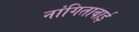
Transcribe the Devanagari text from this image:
नांगिताबाई